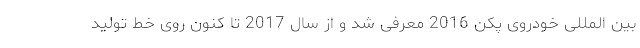
بین المللی خودروی پکن 2016 معرفی شد و از سال 2017 تا کنون روی خط تولید